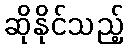
ဆိုနိုင်သည့်